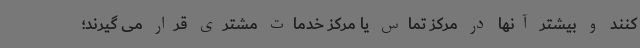
کنند و بیشتر آنها در مرکز تماس یا مرکز خدمات مشتری قرار می گیرند؛